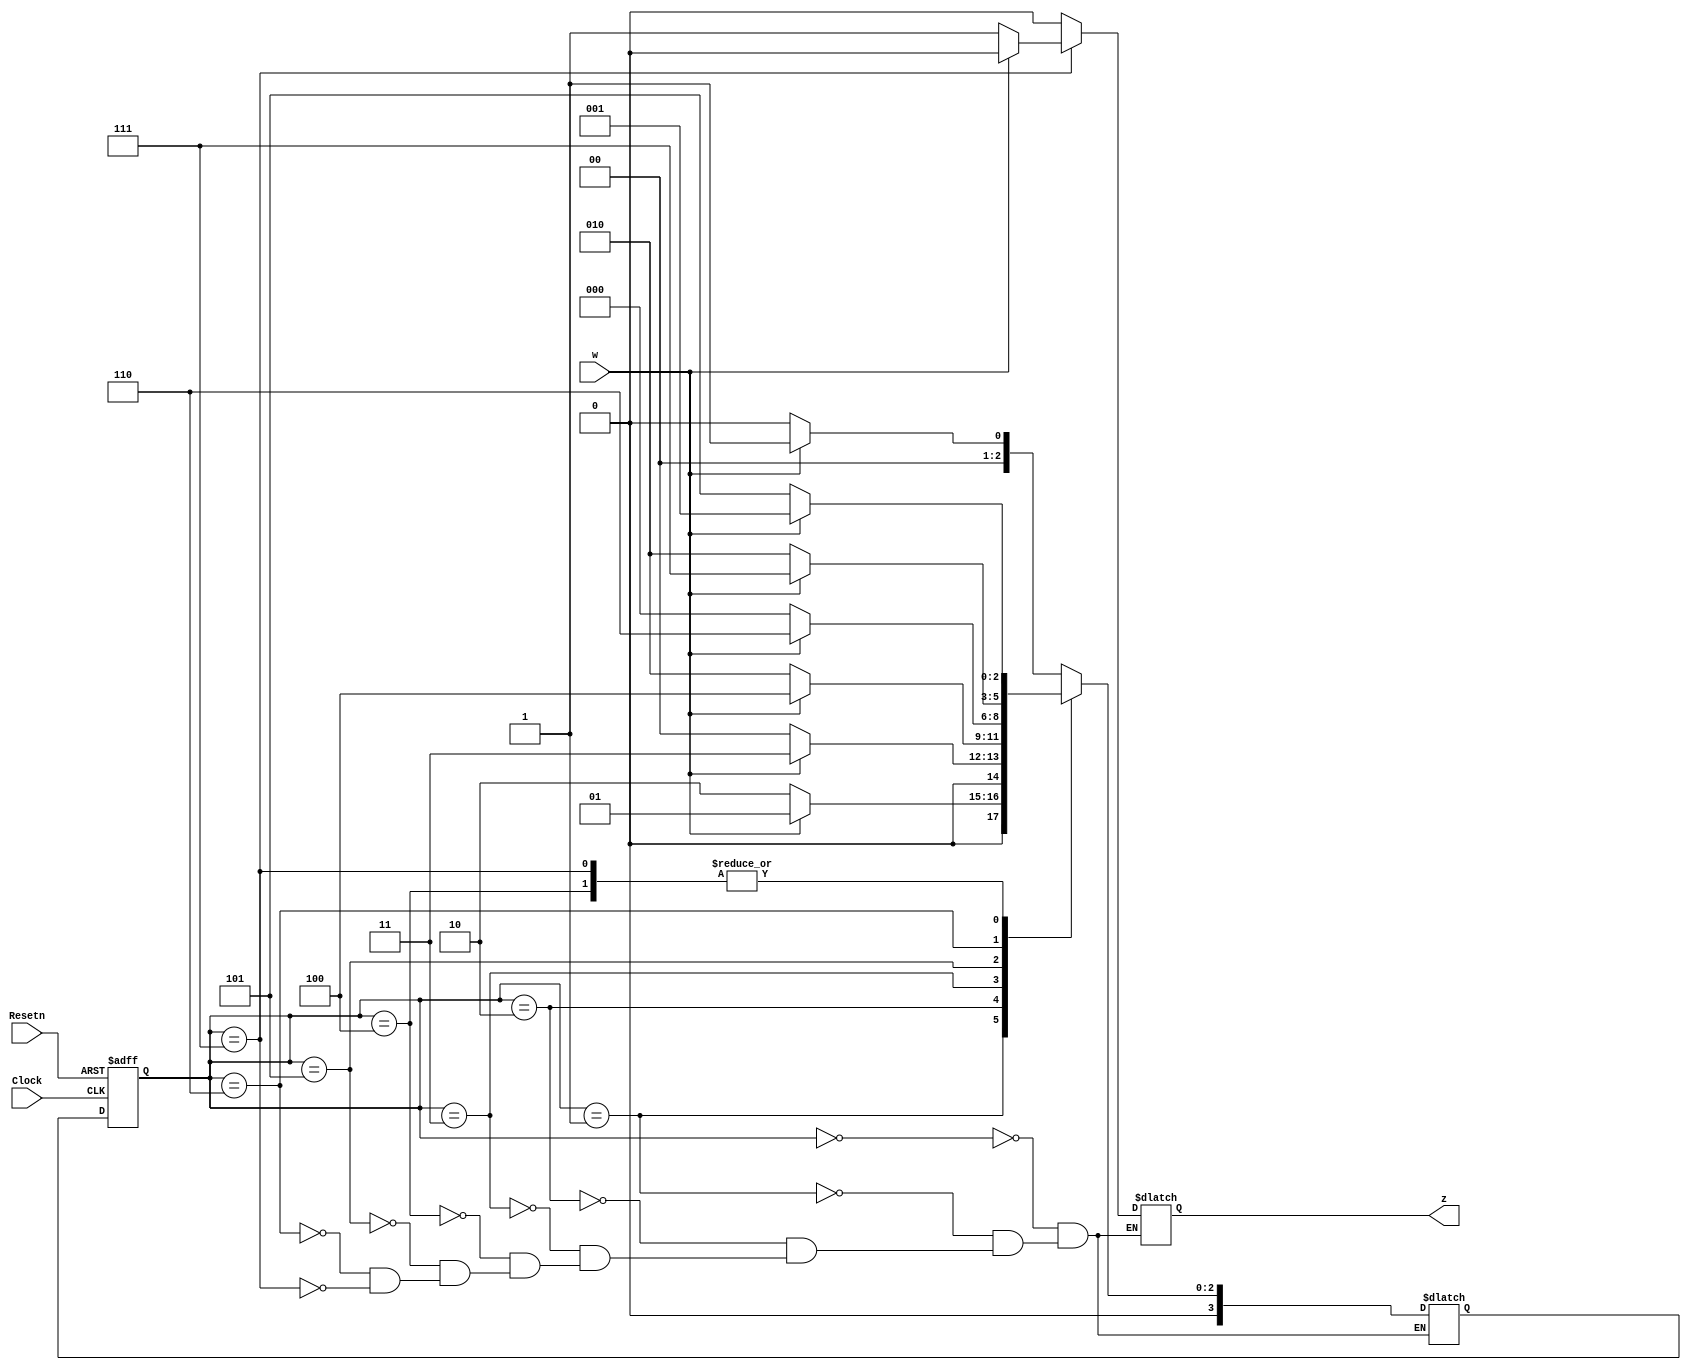
module sequencedetmili (Clock , w , Resetn , z);
    input Clock , w , Resetn ;
    output reg z;
    parameter A = 3'b000 , B = 3'b001 , C = 3'b010 , D = 3'b011 , E = 3'b100 , F = 3'b101 , G = 3'b110 , H = 3'b111;
    reg[3:0] Cs = A ;
    reg[3:0] Ns ;


    always @(Cs , w) begin
        case (Cs)
            A:if (w==0) begin
                Ns = A; z = 0;
            end
            else begin
                Ns = B; z = 0;
            end
            B:if (w==0) begin
                Ns = C; z = 0;
            end
            else begin
                Ns = B; z = 0;
            end
            C:if (w==0) begin
                Ns = A; z = 0;
            end
            else begin
                Ns = D; z = 0;
            end
            D:if (w==0) begin
                Ns = C; z = 0;
            end
            else begin
                Ns = E; z = 0;
            end
            E:if (w==0) begin
                Ns = F; z = 0;
            end
            else begin
                Ns = B; z = 0;
            end
            F:if (w==0) begin
                Ns = A; z = 0;
            end
            else begin
                Ns = G; z = 0;
            end
            G:if (w==0) begin
                Ns = C; z = 0;
            end
            else begin
                Ns = H; z = 0;
            end
            H:if (w==0) begin
                Ns = F; z = 1;
            end
            else begin
                Ns = B; z = 0;
            end
        endcase
        
    end 
    always @(posedge Clock , negedge Resetn) begin
        if(Resetn == 0) Cs <= A;
        else Cs <= Ns;
    end


endmodule